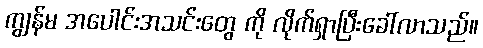
ကျွန်မ အပေါင်းအသင်းတွေ ကို လိုက်ရှာပြီးခေါ်လာသည်။